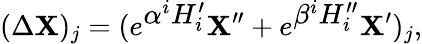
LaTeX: (\Delta\mathbf{X})_{j}=(e^{\textstyle\alpha^{i}H_{i}^{\prime}}\mathbf{X}^{\prime\prime}+e^{\textstyle\beta^{i}H_{i}^{\prime\prime}}\mathbf{X}^{\prime})_{j},